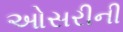
ઓસરીની